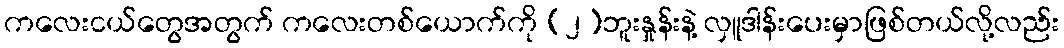
ကလေးငယ်တွေအတွက် ကလေးတစ်ယောက်ကို (၂)ဘူးနှုန်းနဲ့ လှူဒါန်းပေးမှာဖြစ်တယ်လို့လည်း